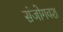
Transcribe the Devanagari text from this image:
संजोगवश